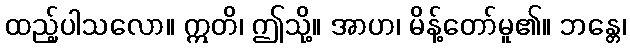
ထည့်ပါသလော။ ဣတိ၊ ဤသို့။ အာဟ၊ မိန့်တော်မူ၏။ ဘန္တေ၊